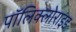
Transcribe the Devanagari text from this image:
पॉलिक्लोराइड